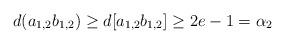
LaTeX: \begin{align*}d(a_{1,2}b_{1,2})\ge d[a_{1,2}b_{1,2}]\ge 2e-1=\alpha_{2}\end{align*}